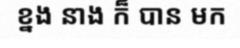
ខ្នង នាង ក៏ បាន មក